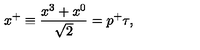
x ^ { + } \equiv { \frac { x ^ { 3 } + x ^ { 0 } } { \sqrt { 2 } } } = p ^ { + } \tau ,